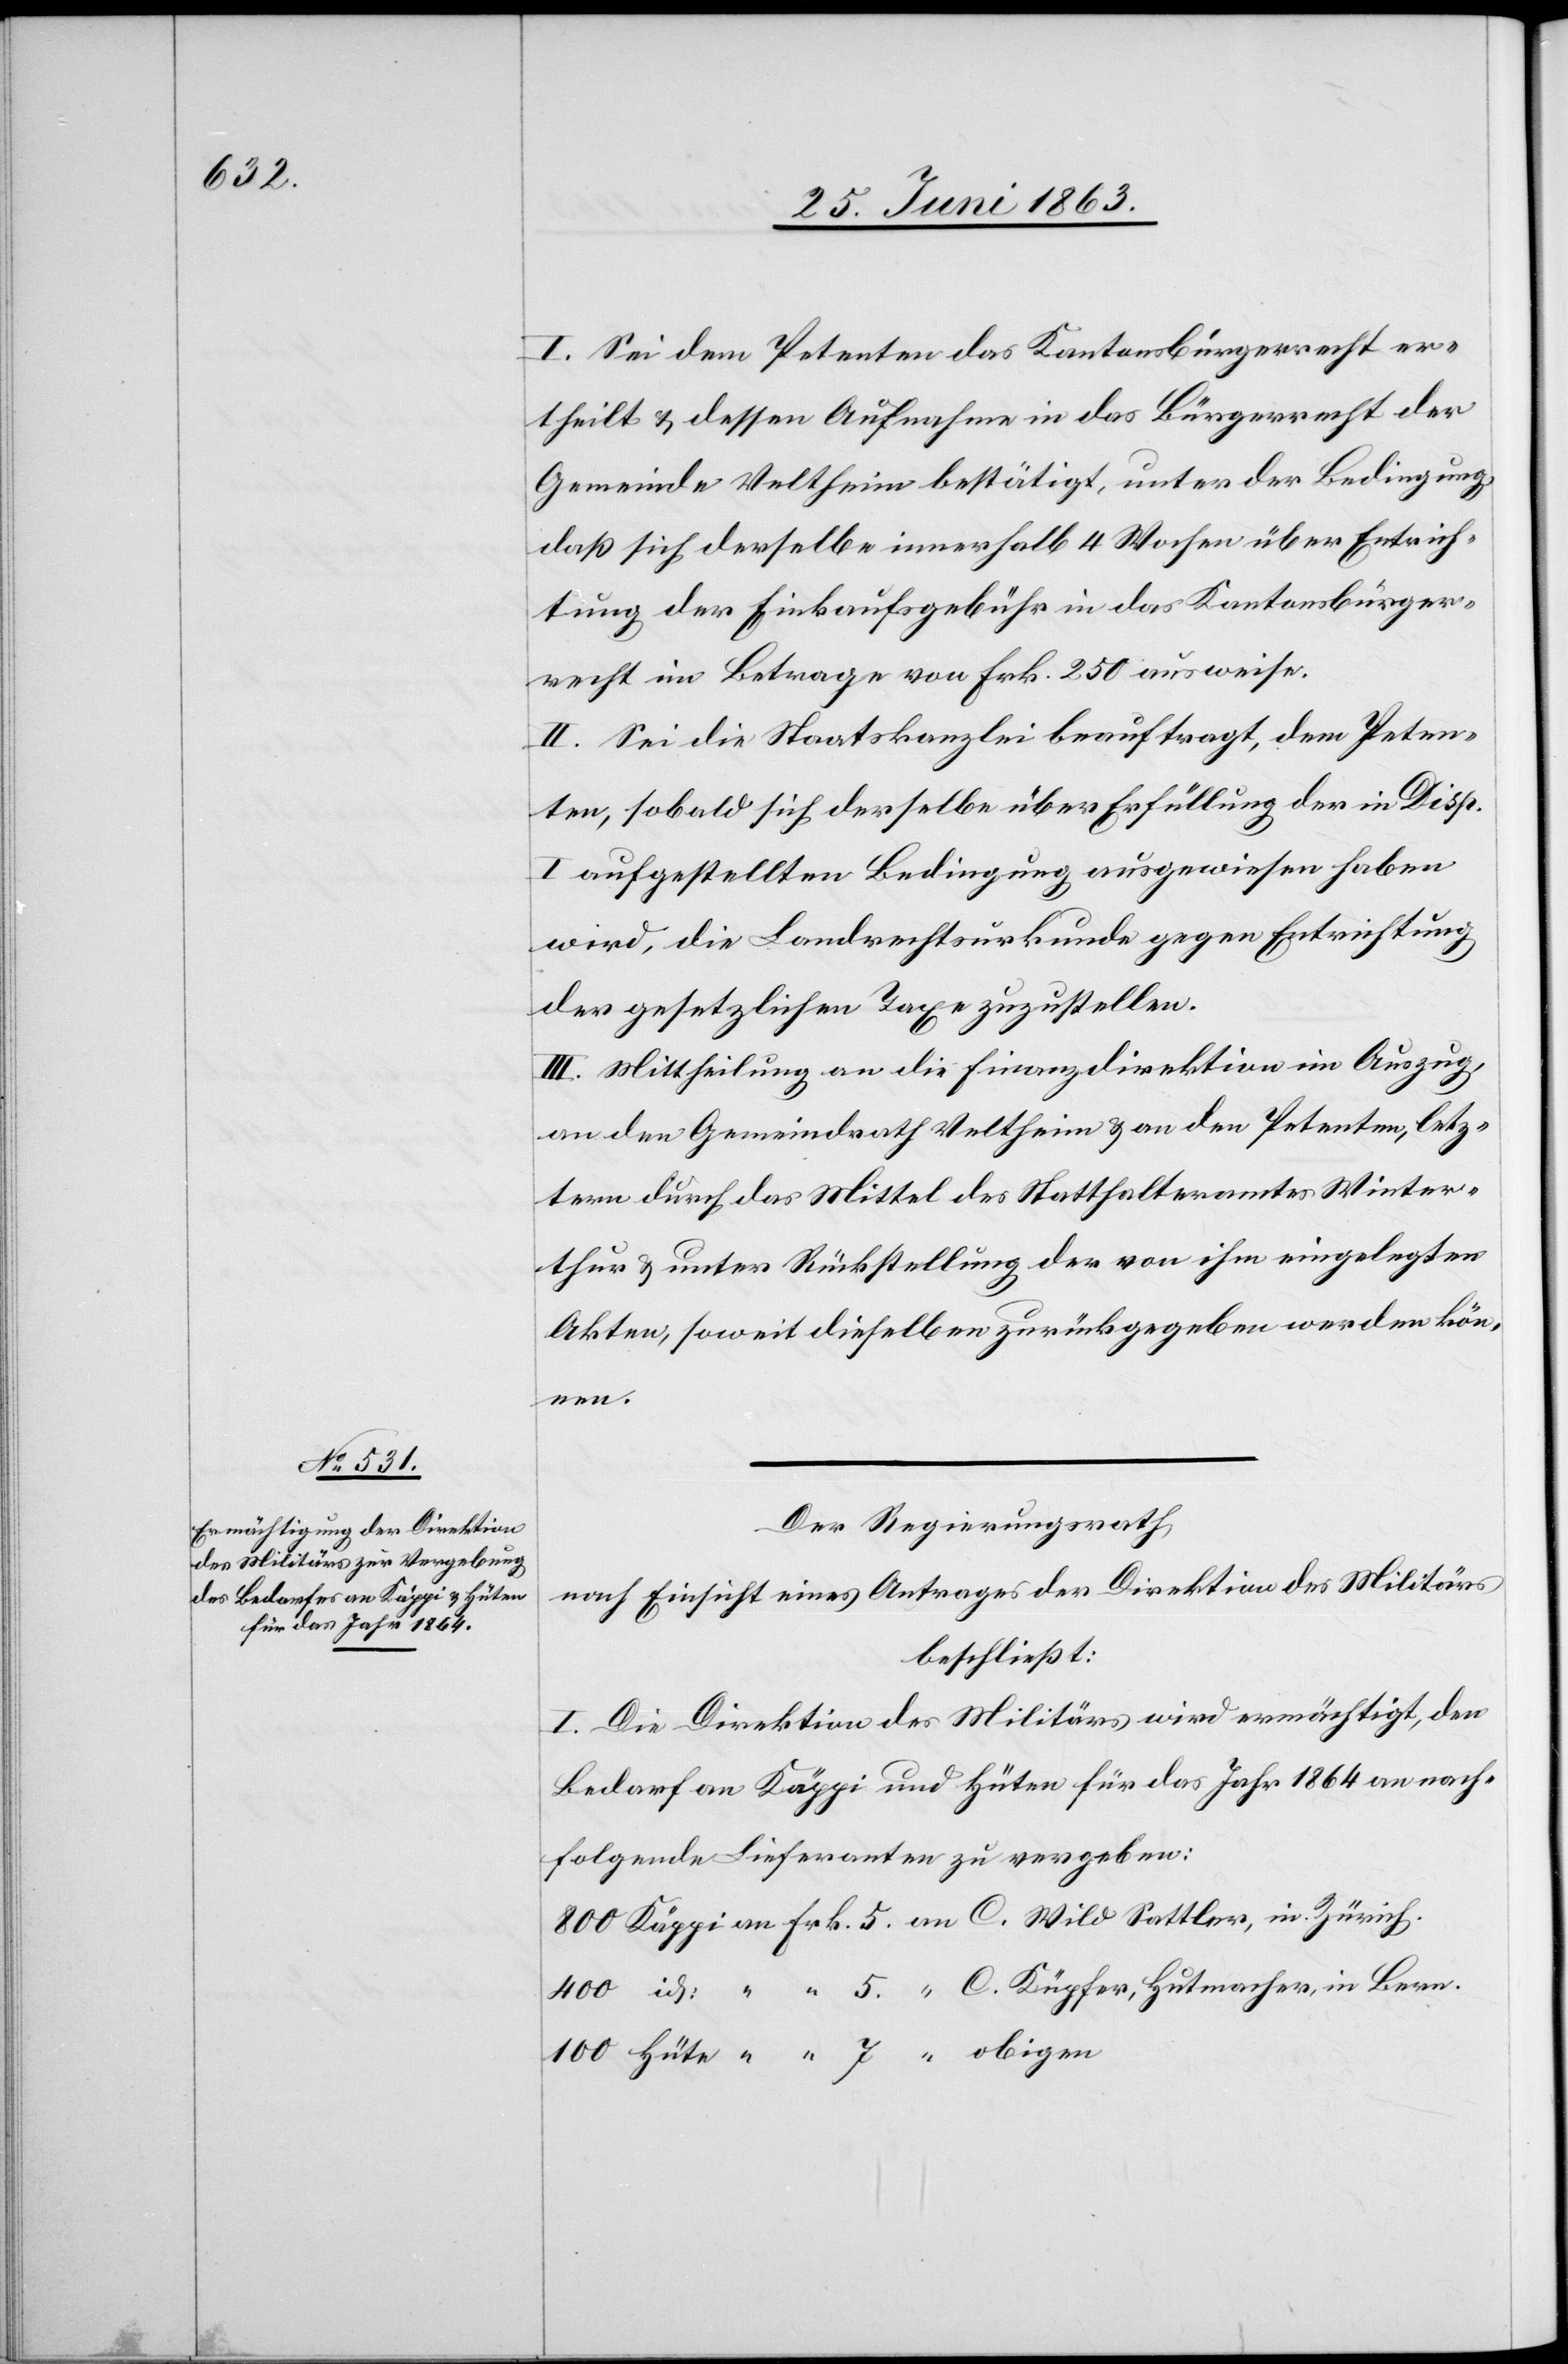
I. Sei dem Petenten das Kantonsbürgerrecht er¬
theilt & dessen Aufnahme in das Bürgerrecht der
Gemeinde Veltheim bestätigt, unter der Bedingung,
daß sich derselbe innerhalb 4 Wochen über Entrich¬
tung der Einkaufsgebühr in das Kantonsbürger¬
recht im Betrage von Frk. 250 ausweise.
II. Sei die Staatskanzlei beauftragt, dem Peten¬
ten, sobald sich derselbe über Erfüllung der in Disp.
I aufgestellten Bedingung ausgewiesen haben
wird, die Landrechtsurkunde gegen Entrichtung
der gesetzlichen Taxe zuzustellen.
III. Mittheilung an die Finanzdirektion im Auszug,
an den Gemeindrath Veltheim & an den Petenten, letz¬
tern durch das Mittel des Statthalteramtes Winter¬
thur & unter Rückstellung der von ihm eingelegten
Akten, soweit dieselben zurückgegeben werden kön¬
nen.
Der Regierungsrath
nach Einsicht eines Antrages der Direktion des Militärs
beschließt:
I. Die Direktion des Militärs wird ermächtigt, den
Bedarf an Käppi und Hüten für das Jahr 1864 an nach¬
folgende Lieferanten zu vergeben: